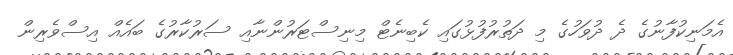
އެމަނިކުފާނުގެ ދެ ދުވަހުގެ މި ދަތުރުފުޅުގައި ކެބިނެޓް މިނިސްޓަރުންނާއި ސަރުކާރުގެ ބައެއް އިސްވެރިން